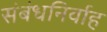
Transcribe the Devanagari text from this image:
संबंधनिर्वाह